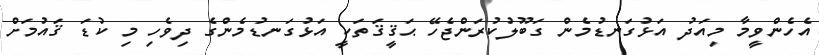
އެހެންވީމާ މިއަދު އަޅުގަނޑުމެން ގަބޫލުކުރަންޖެހޭ ޙަޤީޤަތަކީ އަޅުގަނޑުމެންގެ ދިވެހި މި ކުޑަ ޤައުމަށް